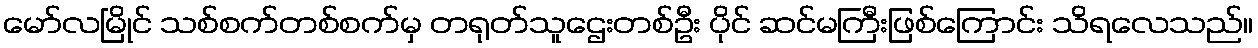
မော်လမြိုင် သစ်စက်တစ်စက်မှ တရုတ်သူဌေးတစ်ဦး ပိုင် ဆင်မကြီးဖြစ်ကြောင်း သိရလေသည်။